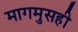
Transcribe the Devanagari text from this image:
मागमुसही